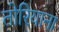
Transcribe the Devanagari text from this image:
तोरियाना